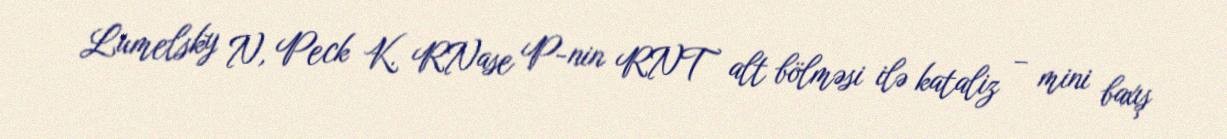
Lumelsky N, Peck K. RNase P-nin RNT alt bölməsi ilə kataliz – mini baxış